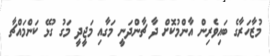
މުޒާހަރާގެ ބައިވެރިން އާންމުކޮށް ދާ ޗާންދަނީ މަގާއި މަޖީދީ މަގު ގުޅޭ ކަންމައްޗާ